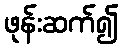
ဖုန်းဆက်၍